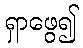
ရှာဖွေ၍